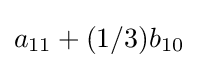
a_{11}+(1/3)b_{10}